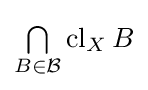
{\textstyle \bigcap \limits _{B\in {\mathcal {B}}}}\operatorname {cl} _{X}B